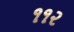
૧૧૨